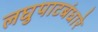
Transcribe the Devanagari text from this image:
लघुपाटबंधारे